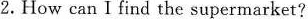
2.How can I find the supermarket?